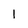
Character: 1